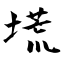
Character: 塃